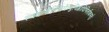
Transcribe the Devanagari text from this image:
त्वदन्यैर्निसर्गेन्दुचिह्नादिभिर्लोकभर्तुः